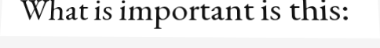
What is important is this: